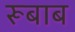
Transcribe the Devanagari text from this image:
रूबाब